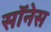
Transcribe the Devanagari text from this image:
सॉनेस